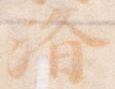
済